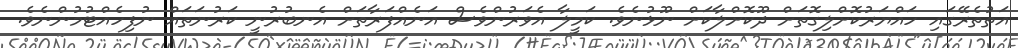
އަތުތެރޭގައި ހައްޔަރުކޮށްލިގޮތަށް ދޫކޮށްލާކަށް ނޫޅުނެވެ. ކަމީލާ އެވަރުންވެސް އަނެއްފަރާތަށް އެނބުރުނީ ކަރުނަތައް ނުފިހެއްޓުމުންނެވެ.